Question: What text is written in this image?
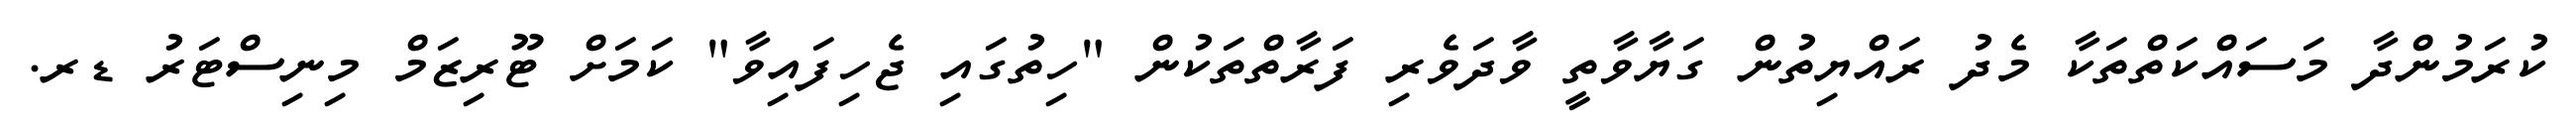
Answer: ކުރަމުންދާ މަސައްކަތްތަކާ މެދު ރައްޔިތުން ގަޔާވާތީ ވާދަވެރި ފަރާތްތަކުން "ހިތުގައި ޖެހިފައިވާ" ކަމަށް ޓޫރިޒަމް މިނިސްޓަރު ޑރ.